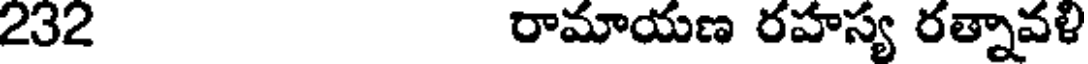
232 రామాయణ రహస్య రత్నావళి